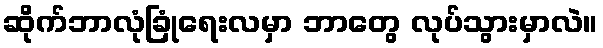
ဆိုက်ဘာလုံခြုံရေးလမှာ ဘာတွေ လုပ်သွားမှာလဲ။